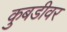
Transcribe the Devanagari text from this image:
कुबडीवर